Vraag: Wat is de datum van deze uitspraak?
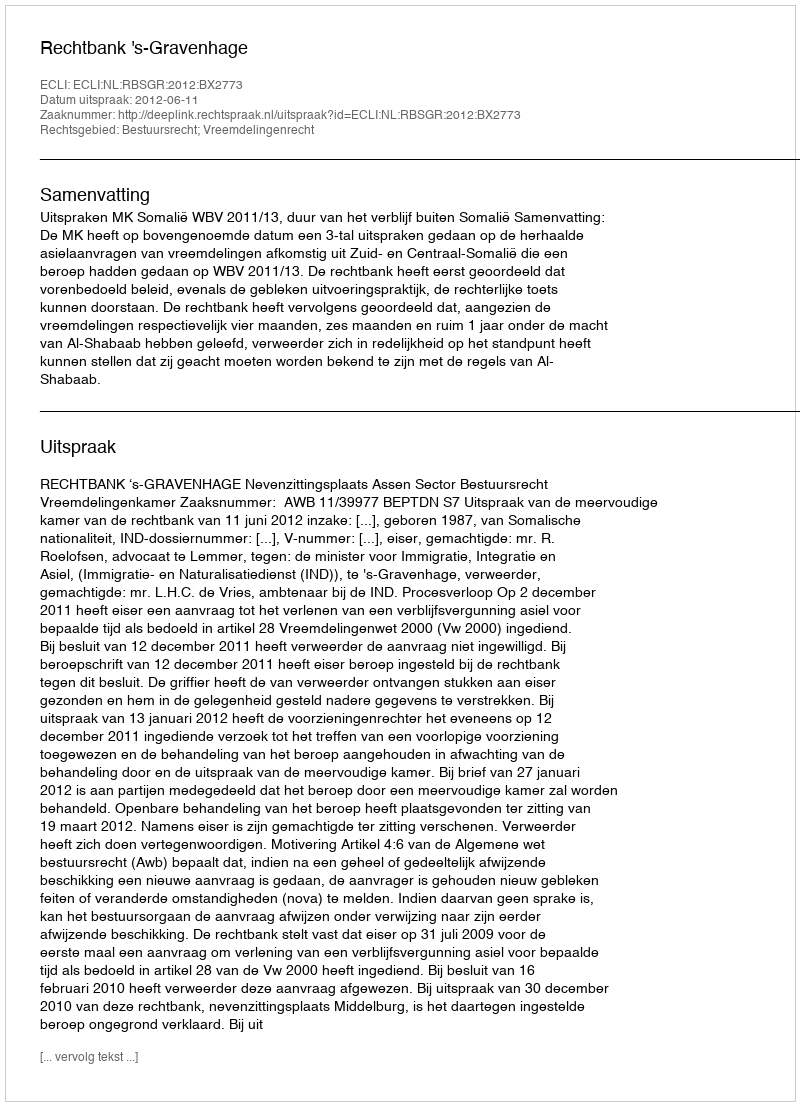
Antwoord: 2012-06-11